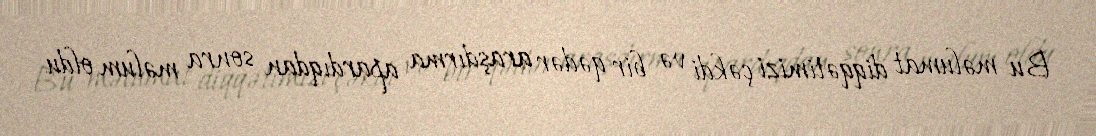
Bu məlumat diqqətimizi çəkdi və bir qədər araşdırma apardıqdan sonra məlum oldu